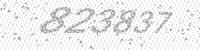
Solution: 823837